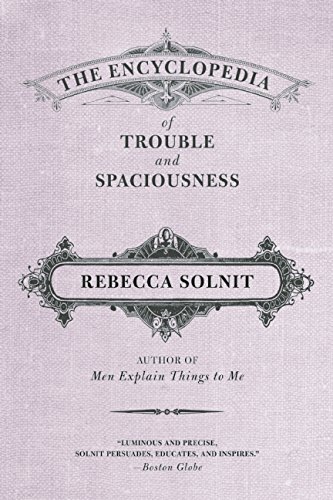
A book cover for The Encyclopedia of Trouble and Spaciousness; Rebecca Solnit; Reference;